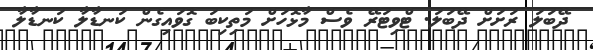
ދޭބަލަ ރަށަށް ދޭބަލަ. ޓްވިޓަރޭ ވެސް މާޅޮހަށް މަތިކިބަ ގޮވައިގެން ކަނޑާލާ ކަނޑާލާ